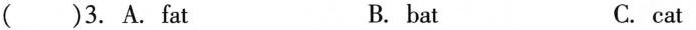
( )3. A.Fat B. bat C. cat